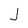
Character: J